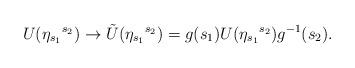
LaTeX: \begin{align*}U( {\eta}_{s_1}{}^{s_2})\rightarrow {\tilde U}( {\eta}_{s_1}{}^{s_2})=g(s_1) U( {\eta}_{s_1}{}^{s_2}) g^{-1}(s_2).\end{align*}